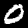
Digit: 0